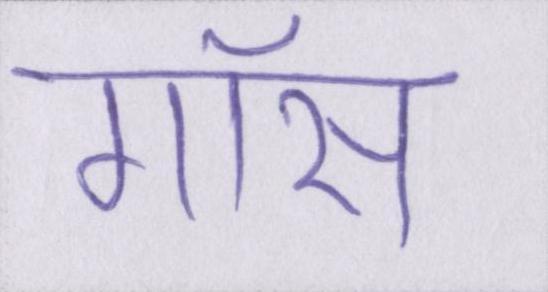
गॉस